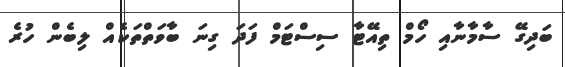
ބަދިގޭ ސާމާނާއި ހޯމް ތިއޭޓާ ސިސްޓަމް ފަދަ ގިނަ ބާވަތްތަކެއް ލިބެން ހުރެ